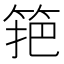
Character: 筢